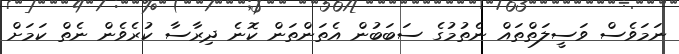
ނަމަވެސް ވަސީލަތްތައް ނެތުމުގެ ސަބަބުން އެތަންތަން ކޮނެ ދިރާސާ ކުރެވެން ނެތް ކަމަށް